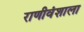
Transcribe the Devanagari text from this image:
राणीवंशाला